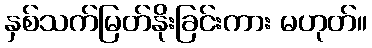
နှစ်သက်မြတ်နိုးခြင်းကား မဟုတ်။